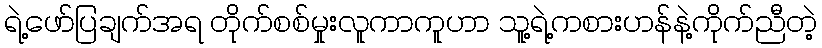
ရဲ့ဖော်ပြချက်အရ တိုက်စစ်မှုးလူကာကူဟာ သူ့ရဲ့ကစားဟန်နဲ့ကိုက်ညီတဲ့